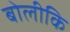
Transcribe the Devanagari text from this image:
बोलीकि